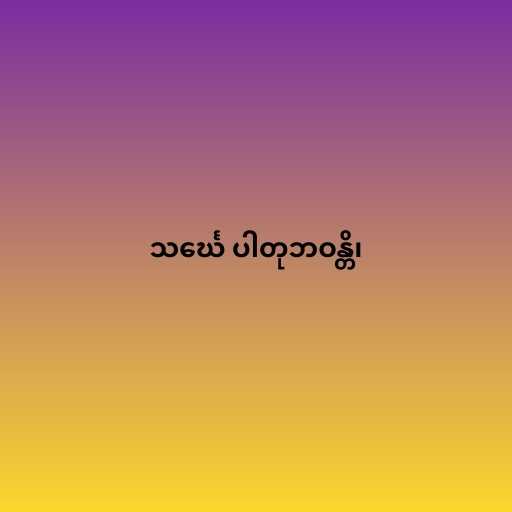
သင်္ဃေ ပါတုဘဝန္တိ၊